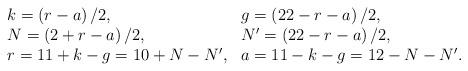
LaTeX: \begin{align*}\begin{array}{ll} k=\left(r-a\right)/2,&g=\left(22-r-a\right)/2,\\N=\left(2+r-a\right)/2,&N'=\left(22-r-a\right)/2,\\r=11+k-g=10+N-N',&a=11-k-g=12-N-N'.\end{array}\end{align*}